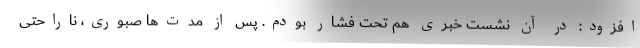
افزود: در آن نشست خبری هم تحت فشار بودم. پس از مدت‌ها صبوری، ناراحتی